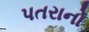
પતરાનો